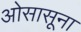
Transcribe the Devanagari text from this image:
ओसासूना